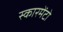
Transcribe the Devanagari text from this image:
स्कारमेंटो